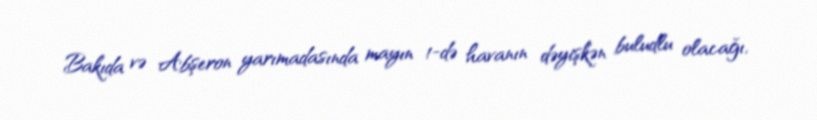
Bakıda və Abşeron yarımadasında mayın 1-də havanın dəyişkən buludlu olacağı,